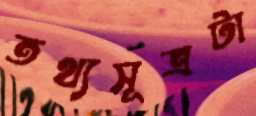
তথ্যসূত্রটা